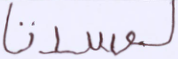
لفسدتا